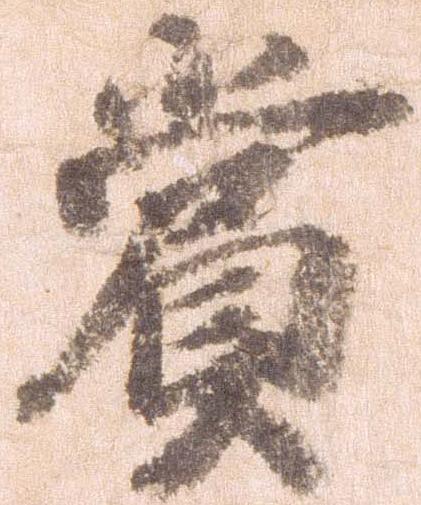
賞